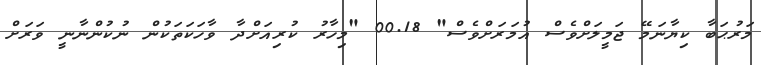
މަރުޙަބާ ކިޔާނަމޭ ޖަމީލަށްވެސް އުމަރަށްވެސް" 00.18 "މިހާރު ކުރިއަށްދާ ވާހަކަތަކުން ނުކުންނާނީ ވަރަށް